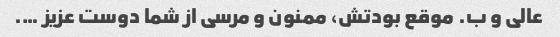
عالی و ب. موقع بودتش، ممنون و مرسی از شما دوست عزیز ….